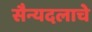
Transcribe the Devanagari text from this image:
सैन्यदलाचे